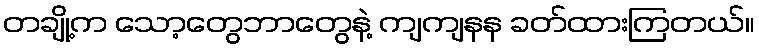
တချို့က သော့တွေဘာတွေနဲ့ ကျကျနန ခတ်ထားကြတယ်။